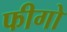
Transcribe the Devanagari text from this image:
फीगो